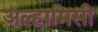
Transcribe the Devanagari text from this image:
अल्हामिसी